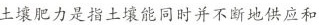
土壤肥力是指土壤能同时并不断地供应和